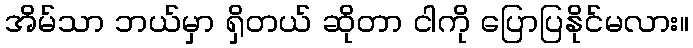
အိမ်သာ ဘယ်မှာ ရှိတယ် ဆိုတာ ငါကို ပြောပြနိုင်မလား။